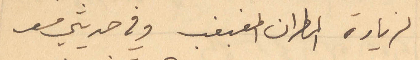
لزيارة المطران المغبغب وفي حديثي معه